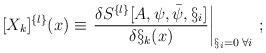
LaTeX: \begin{align*}[X_k]^{\{l\}}(x) \equiv \left. \frac{ \delta S^{\{l\}}[A,\psi,\bar\psi,\S_i]}{\delta \S_k(x)} \right|_{\S_i=0\:\forall i } \: ; \end{align*}